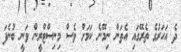
ދެ އަހަރުގެ ތެރޭގައި އެތަން ނިމޭނެ ކަމަށް ވެސް މިނިސްޓްރީން ވަނީ ބުނެފަ